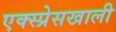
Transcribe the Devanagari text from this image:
एक्स्प्रेसखाली